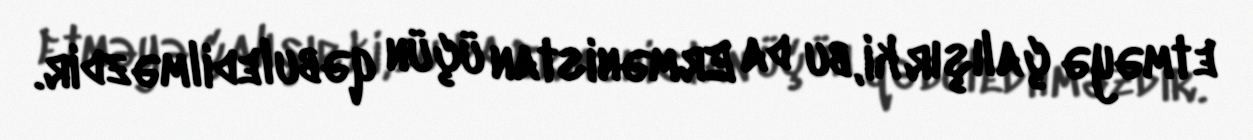
etməyə çalışır ki, bu da Ermənistan üçün qəbuledilməzdir.